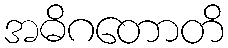
အဓိဂတောတိ